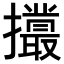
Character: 𢸻